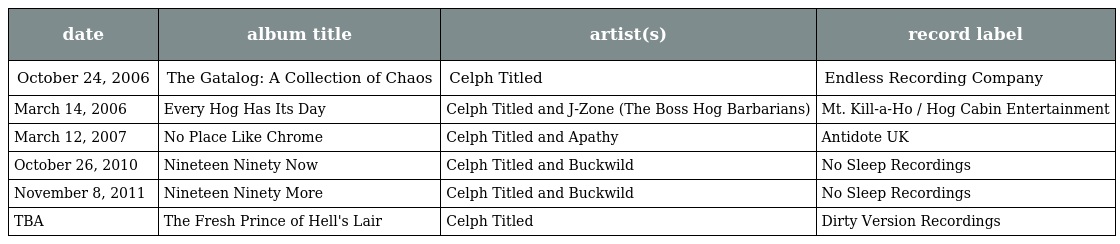
| date | album title | artist(s) | record label |
 | --- | --- | --- | --- |
 | October 24, 2006 | The Gatalog: A Collection of Chaos | Celph Titled | Endless Recording Company |
 | March 14, 2006 | Every Hog Has Its Day | Celph Titled and J-Zone (The Boss Hog Barbarians) | Mt. Kill-a-Ho / Hog Cabin Entertainment |
 | March 12, 2007 | No Place Like Chrome | Celph Titled and Apathy | Antidote UK |
 | October 26, 2010 | Nineteen Ninety Now | Celph Titled and Buckwild | No Sleep Recordings |
 | November 8, 2011 | Nineteen Ninety More | Celph Titled and Buckwild | No Sleep Recordings |
 | TBA | The Fresh Prince of Hell's Lair | Celph Titled | Dirty Version Recordings |